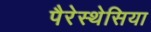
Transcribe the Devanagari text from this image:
पैरेस्थेसिया